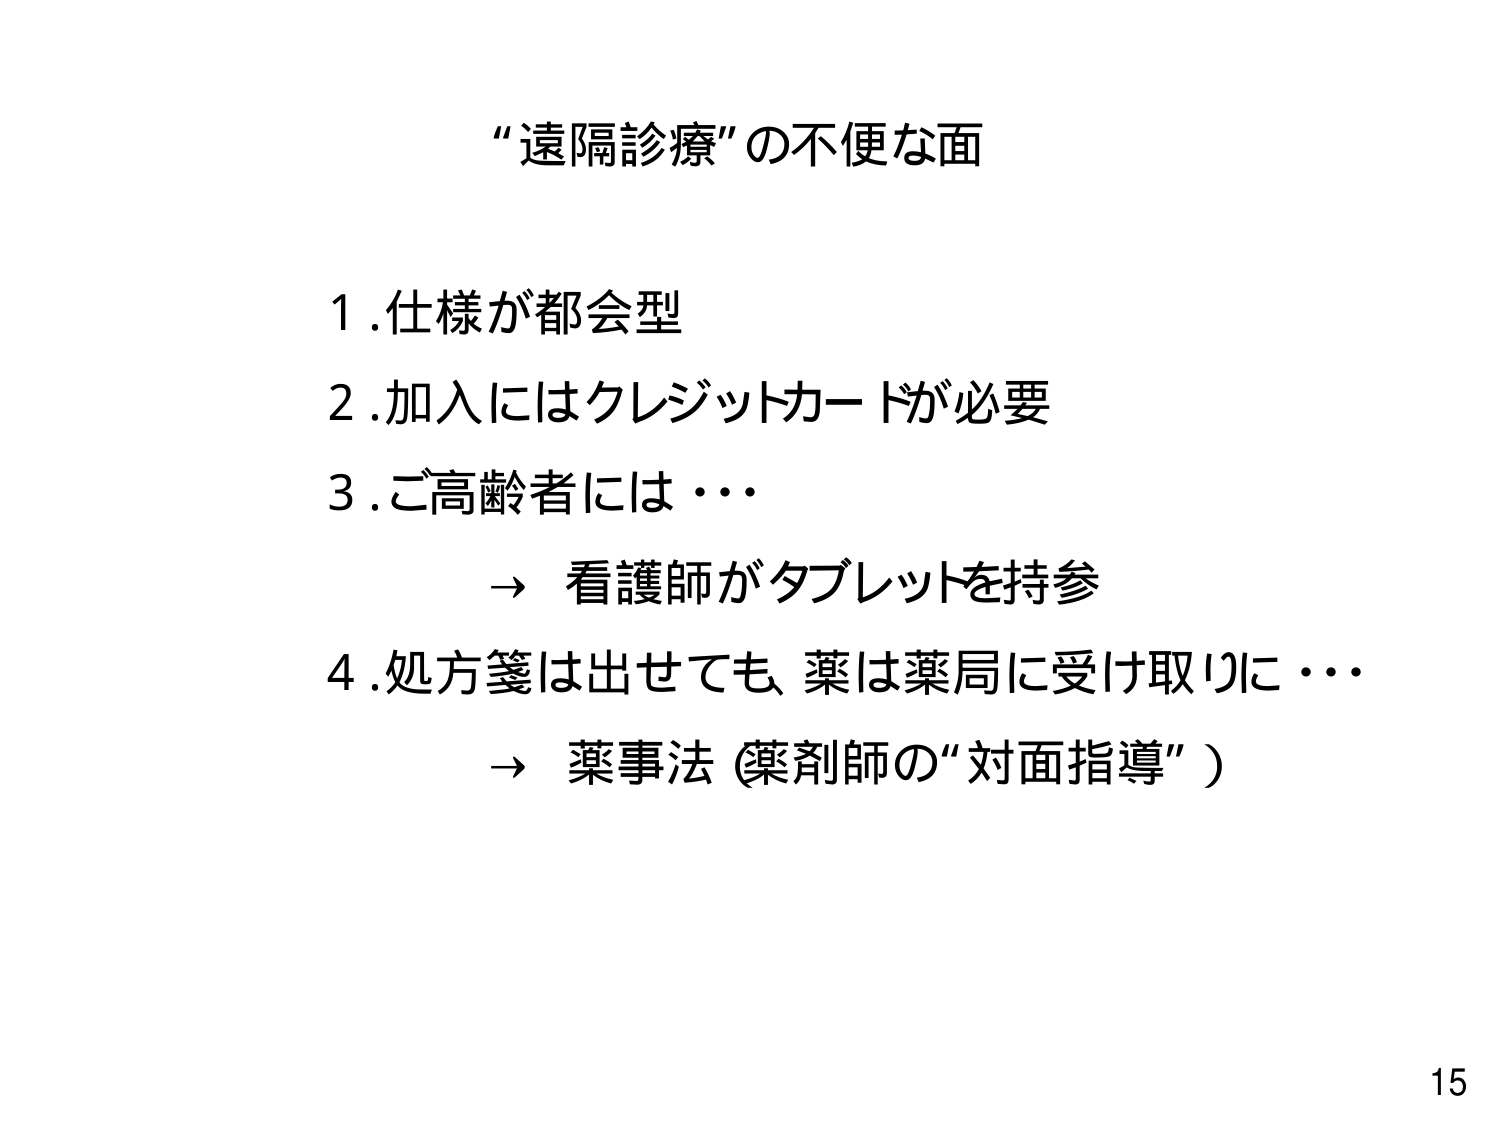
“遠隔診療” の不便な面

1. 仕様が都会型
2. 加入にはクレジットカードが必要
3. ご高齢者には・・・
　→ 看護師がタブレットを持参
4. 処方箋は出せても、薬は薬局に受け取りに・・・
　→ 薬事法（薬剤師の“対面指導”）

15